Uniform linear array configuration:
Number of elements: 32
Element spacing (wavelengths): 0.75
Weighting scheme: hann
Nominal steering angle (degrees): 30
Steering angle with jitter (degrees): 31.157
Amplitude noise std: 0.05
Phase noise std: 0.05

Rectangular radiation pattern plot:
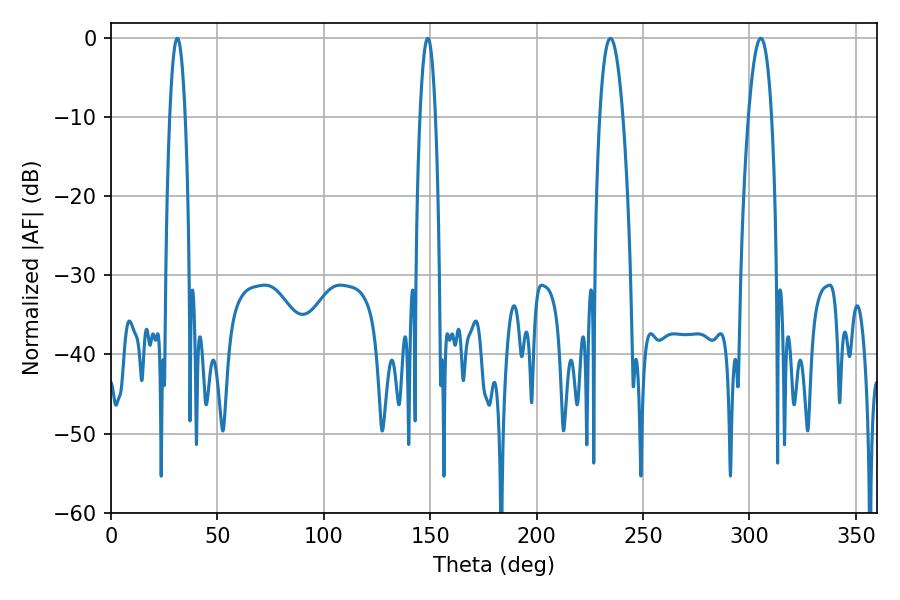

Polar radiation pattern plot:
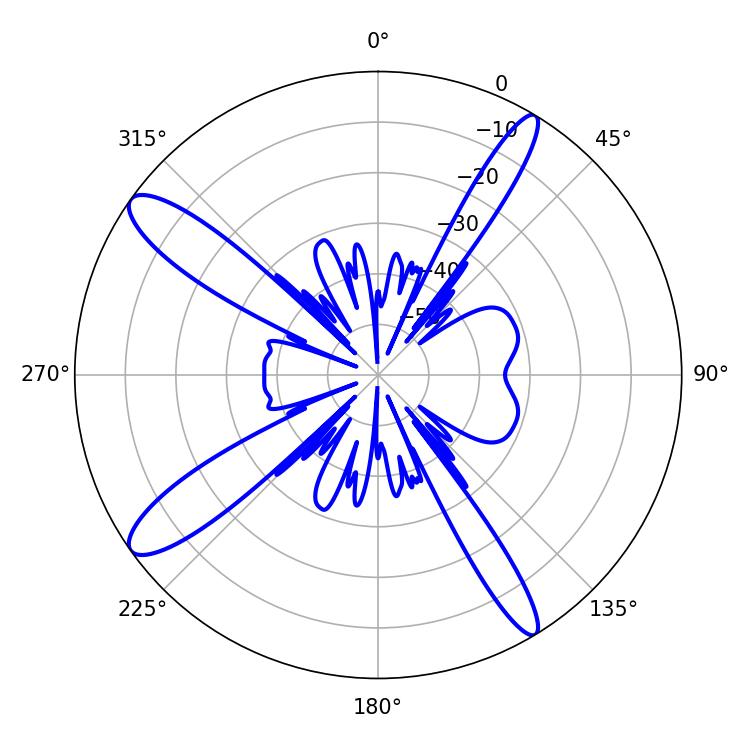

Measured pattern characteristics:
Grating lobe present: TRUE
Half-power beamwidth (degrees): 3.96
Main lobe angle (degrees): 31.14